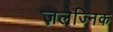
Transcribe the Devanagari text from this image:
ज़लेज्निक